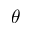
\boldsymbol { \theta }